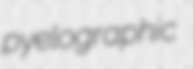
pyelographic